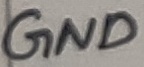
Text: GND